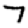
Digit: 7